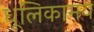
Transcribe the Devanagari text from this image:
धूलिकामय